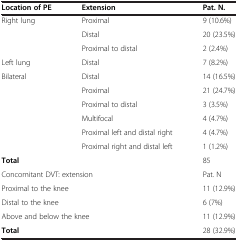
| Location of PE | Extension | Pat. N. |
 | --- | --- | --- |
 | Right lung | Proximal | 9 (10.6%) |
 |  | Distal | 20 (23.5%) |
 |  | Proximal to distal | 2 (2.4%) |
 | Left lung | Distal | 7 (8.2%) |
 | Bilateral | Distal | 14 (16.5%) |
 |  | Proximal | 21 (24.7%) |
 |  | Proximal to distal | 3 (3.5%) |
 |  | Multifocal | 4 (4.7%) |
 |  | Proximal left and distal right | 4 (4.7%) |
 |  | Proximal right and distal left | 1 (1.2%) |
 | Total |  | 85 |
 | <COLSPAN=2> Concomitant DVT: extension | Pat. N |
 | <COLSPAN=2> Proximal to the knee | 11 (12.9%) |
 | <COLSPAN=2> Distal to the knee | 6 (7%) |
 | <COLSPAN=2> Above and below the knee | 11 (12.9%) |
 | <COLSPAN=2> Total | 28 (32.9%) |